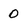
Character: 0